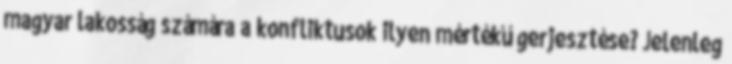
magyar lakosság számára a konfliktusok ilyen mértékű gerjesztése? Jelenleg